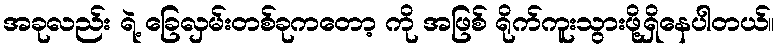
အခုလည်း ရဲ့ ခြေလှမ်းတစ်ခုကတော့ ကို အဖြစ် ရိုက်ကူးသွားဖို့ရှိနေပါတယ်။